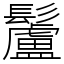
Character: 䰕